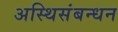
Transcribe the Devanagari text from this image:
अस्थिसंबन्धन